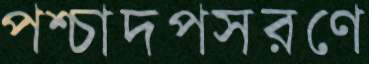
পশ্চাদপসরণে